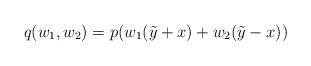
LaTeX: \begin{align*}q(w_1,w_2) = p(w_1(\tilde{y}+x)+w_2(\tilde{y}-x))\end{align*}